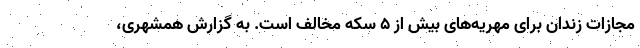
مجازات زندان برای مهریه‌های بیش از ۵ سکه مخالف است. به گزارش همشهری،